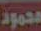
محمود